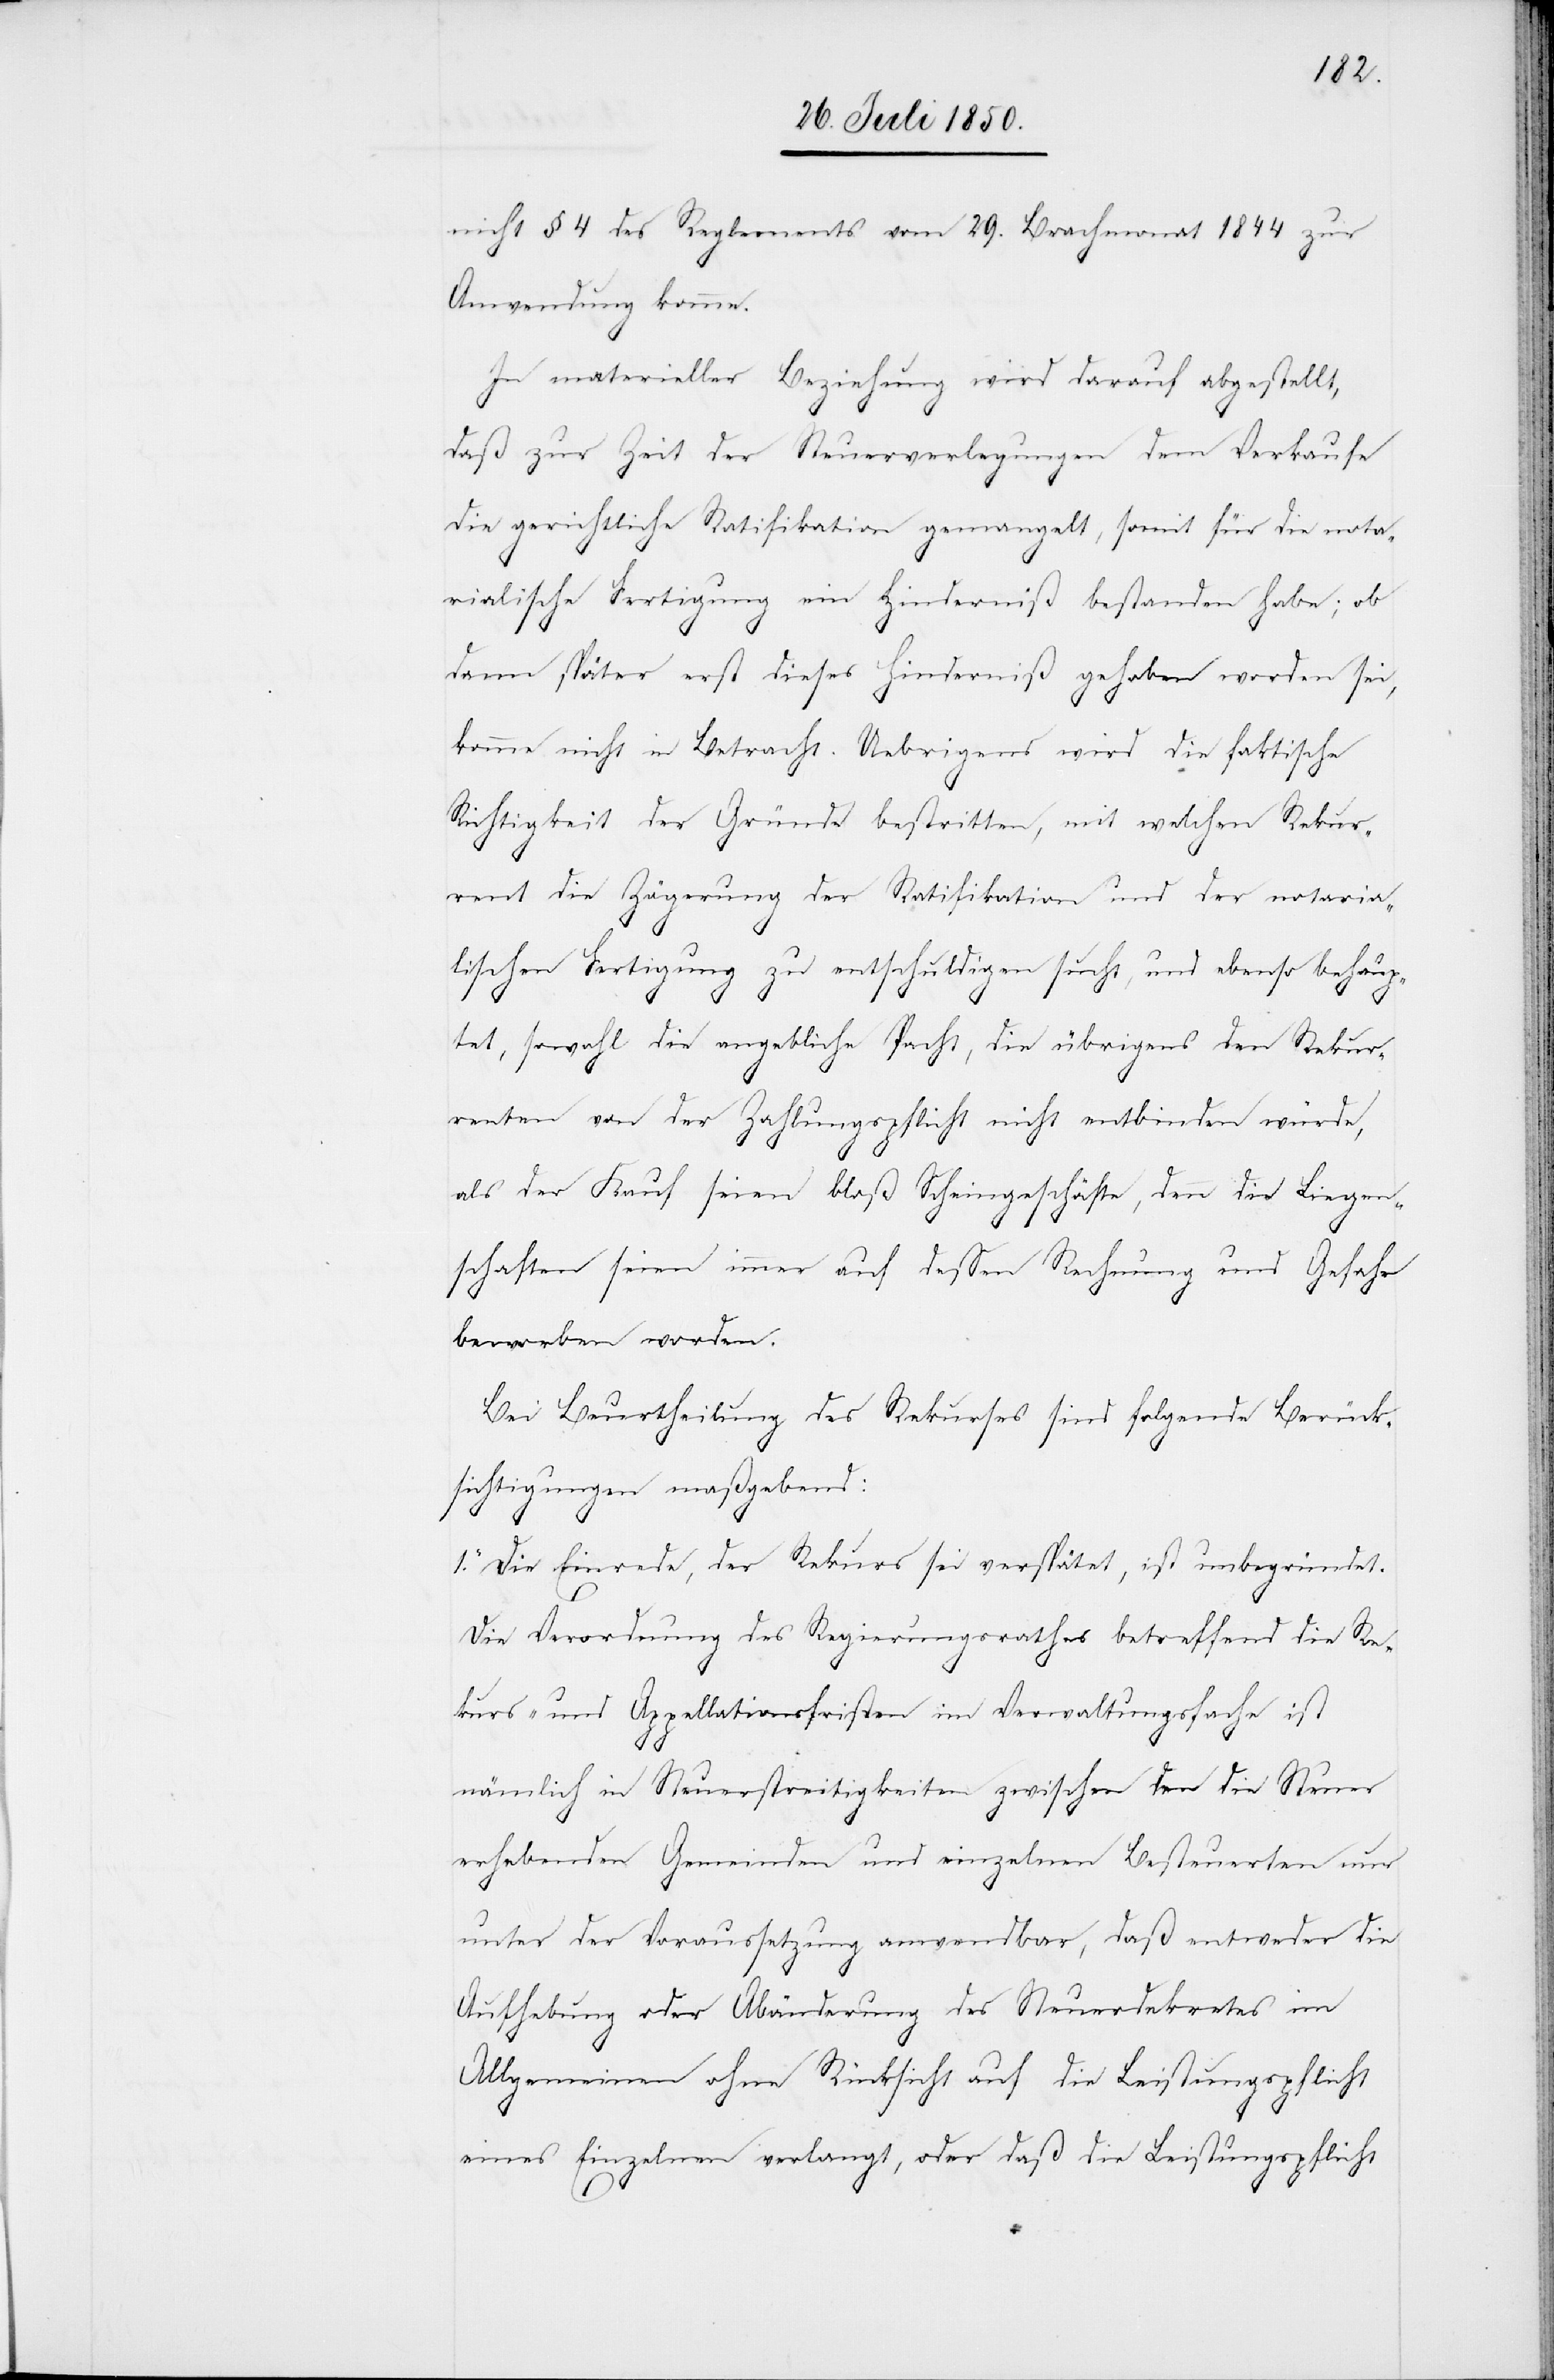
nicht § 4 des Reglements vom 29. Brachmonat 1844 zur
Anwendung komme.
In materieller Beziehung wird darauf abgestellt,
daß zur Zeit der Steuerverlegungen dem Verkaufe
die gerichtliche Ratifikation gemangelt, somit für die nota¬
rialische Fertigung ein Hinderniß bestanden habe; ob
dann später erst dieses Hinderniß gehoben worden sei,
komme nicht in Betracht. Uebrigens wird die faktische
Richtigkeit der Gründe bestritten, mit welchen Rekur¬
rent die Zögerung der Ratifikation und der notaria¬
lischen Fertigung zu entschuldigen sucht, und ebenso behaup¬
tet, sowohl die angebliche Pacht, die übrigens den Rekur¬
renten von der Zahlungspflicht nicht entbinden würde,
als der Kauf seien bloß Scheingeschäfte, denn die Liegen¬
schaften seien immer auf dessen Rechnung und Gefahr
beworben worden.
Bei Beurtheilung des Rekurses sind folgende Berück¬
sichtigungen maßgebend:
1. Die Einrede, der Rekurs sei verspätet, ist unbegründet.
Die Verordnung des Regierungsrathes betreffend die Re¬
kurs- und Appellationsfristen im Verwaltungsfache ist
nämlich in Steuerstreitigkeiten zwischen den die Steuer
erhebenden Gemeinden und einzelnen Besteuerten nur
unter der Voraussetzung anwendbar, daß entweder die
Aufhebung oder Abänderung des Steuerdekretes im
Allgemeinen ohne Rücksicht auf die Leistungspflicht
eines Einzelnen verlangt, oder daß die Leistungspflicht